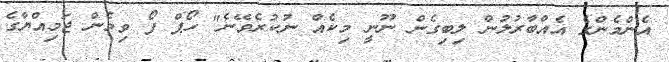
އެންމެންގެ އެއްބާރުލުން ލިބިގެން ނޫނީ މިކެއް ނުކުރެވޭނެ" ހޯޕް ފޯ ވިމެން ޖަމިއްޔާގެ